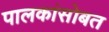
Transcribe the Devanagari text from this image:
पालकांसोबत